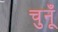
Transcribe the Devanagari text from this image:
चुनूँ